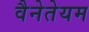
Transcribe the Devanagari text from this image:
वैनेतेयम